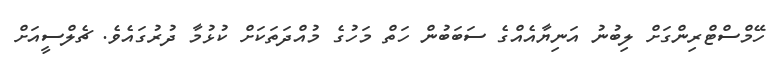
ހޭމްސްޓްރިންގަށް ލިބުނު އަނިޔާއެއްގެ ސަބަބުން ހަތް މަހުގެ މުއްދަތަކަށް ކުޅުމާ ދުރުގައެވެ. ޗެލްސީއަށް